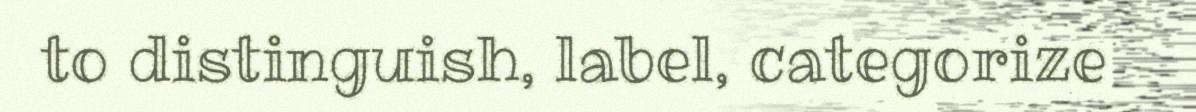
to distinguish, label, categorize